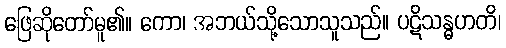
ဖြေဆိုတော်မူ၏။ ကော၊ အဘယ်သို့သောသူသည်။ ပဋိသန္ဓဟတိ၊